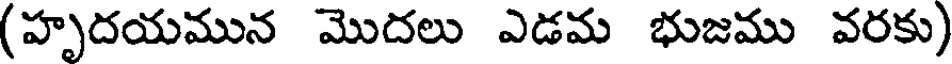
(హృదయమున మొదలు ఎడమ భుజము వరకు)